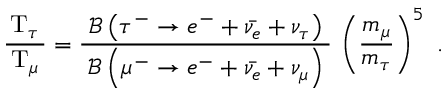
{ \frac { \, \mathrm { T } _ { \tau } \, } { \mathrm { T } _ { \mu } } } = { \frac { \; { \mathcal { B } } \left( \tau ^ { - } \rightarrow e ^ { - } + { \bar { \nu _ { e } } } + \nu _ { \tau } \right) \; } { { \mathcal { B } } \left( \mu ^ { - } \rightarrow e ^ { - } + { \bar { \nu _ { e } } } + \nu _ { \mu } \right) } } \, \left( { \frac { m _ { \mu } } { m _ { \tau } } } \right) ^ { 5 } ~ .